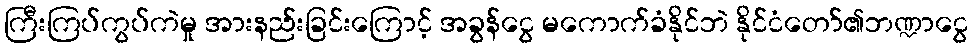
ကြီးကြပ်ကွပ်ကဲမှု အားနည်းခြင်းကြောင့် အခွန်ငွေ မကောက်ခံနိုင်ဘဲ နိုင်ငံတော်၏ဘဏ္ဍာငွေ